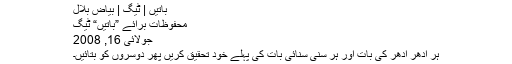
باتیں | ٹیگ | بیاضِ بلال
محفوظات برائے ”باتیں“ ٹیگ
جولائی 16, 2008
ہر اِدھر اُدھر کی بات اور ہر سنی سنائی بات کی پہلے خود تحقیق کریں پھر دوسروں کو بتائیں۔